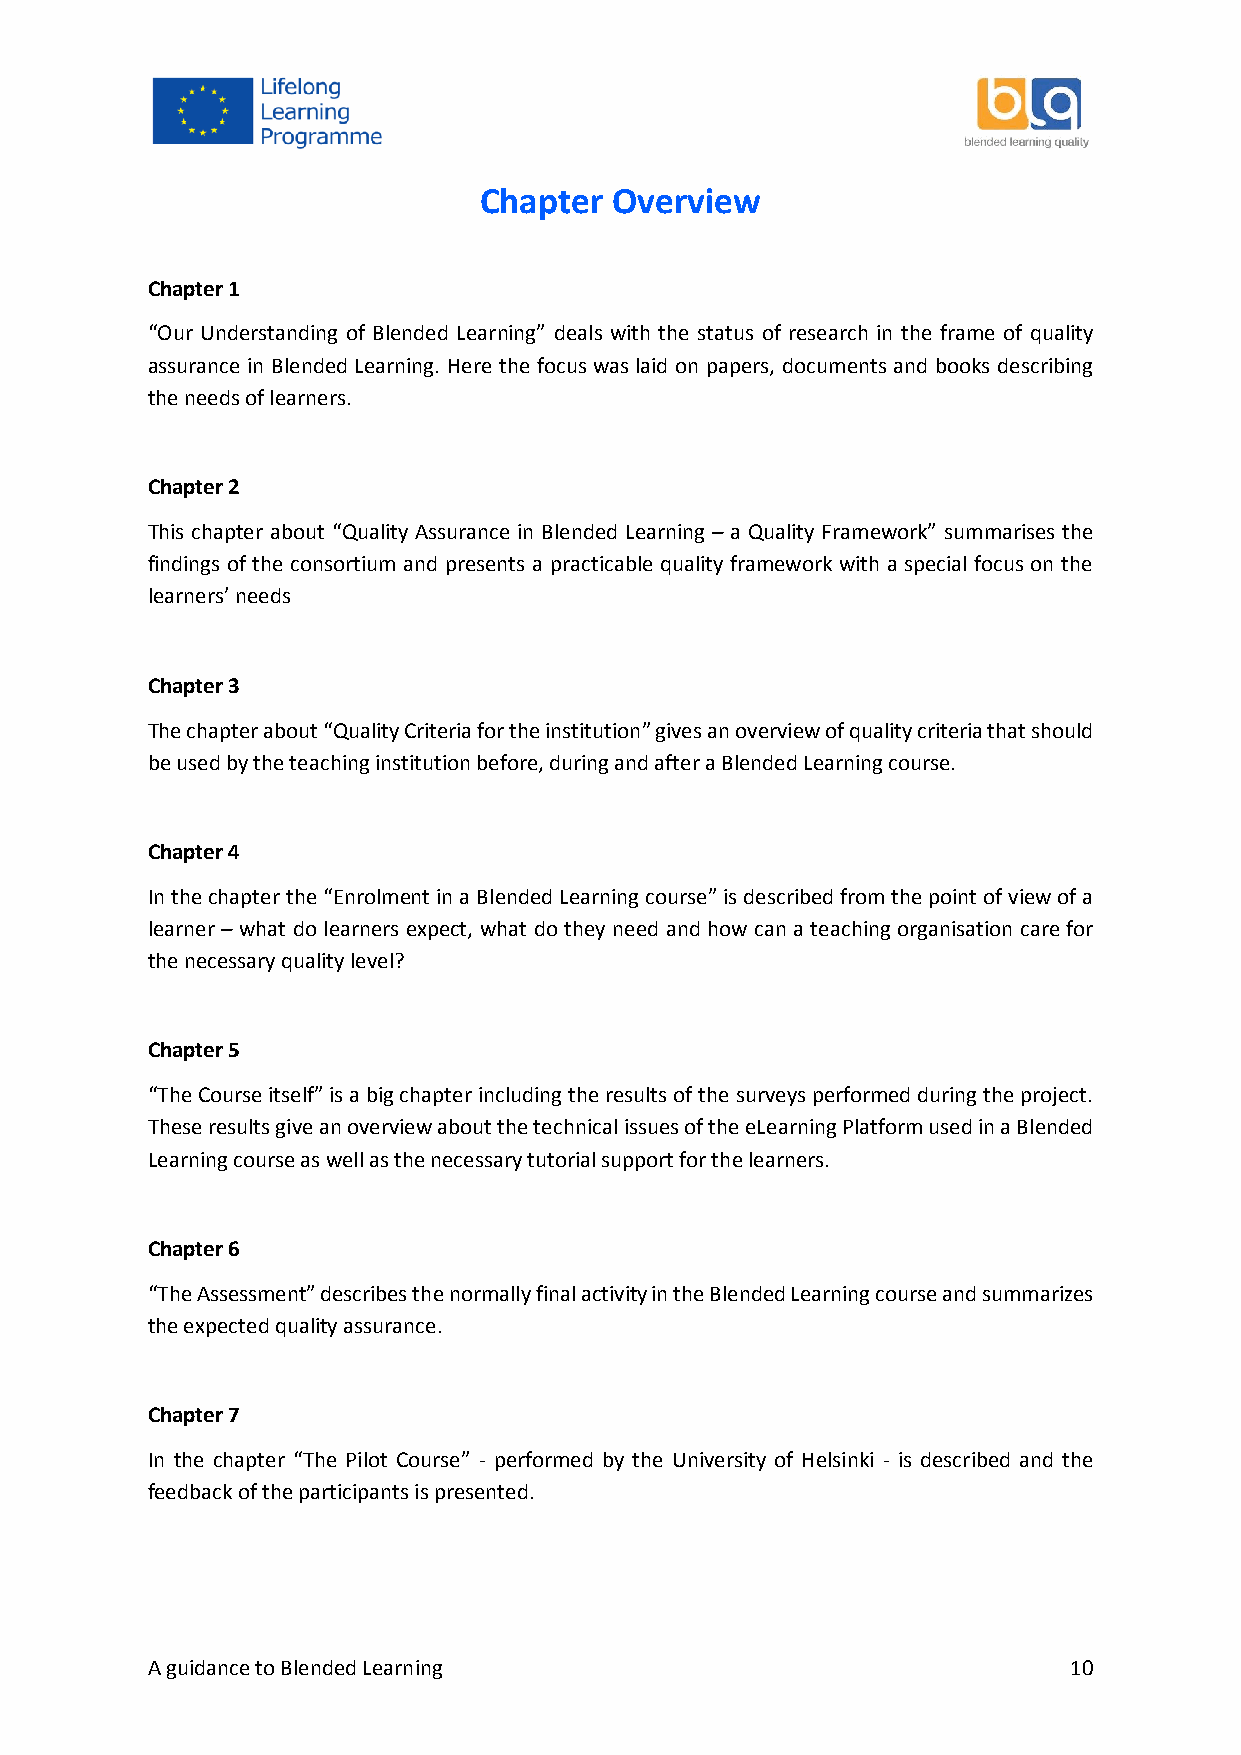
Chapter  Overview
 Chapter 1
 “Our Understanding of Blended Learning” deals with the status of research in the frame of quality
 assurance in Blended Learning. Here the focus was laid on papers, documents and books describing
 the needs of learners.
 Chapter 2
 This chapter about “Quality Assurance in Blended Learning – a Quality Framework” summarises the
 findings of the consortium and presents a practicable quality framework with a special focus on the
 learners’ needs
 Chapter 3
 The chapter about “Quality Criteria for the institution” gives an overview of quality criteria that should
 be used by the teaching institution before, during and after a Blended Learning course.
 Chapter 4
 In the chapter the “Enrolment in a Blended Learning course” is described from the point of view of a
 learner – what do learners expect, what do they need and how can a teaching organisation care for
 the necessary quality level?
 Chapter 5
 “The Course itself” is a big chapter including the results of the surveys performed during the project.
 These results give an overview about the technical issues of the eLearning Platform used in a Blended
 Learning course as well as the necessary tutorial support for the learners.
 Chapter 6
 “The Assessment” describes the normally final activity in the Blended Learning course and summarizes
 the expected quality assurance.
 Chapter 7
 In the chapter “The Pilot Course” - performed by the University of Helsinki - is described and the
 feedback of the participants is presented.
 A guidance to Blended Learning                               10